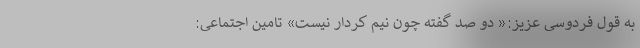
به قول فردوسی عزیز:« دو صَد گُفته چون نیم کِردار نیست» تامین اجتماعی: